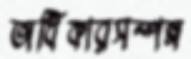
অধিকারসম্পন্ন